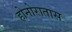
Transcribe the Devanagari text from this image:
होनोरातास